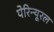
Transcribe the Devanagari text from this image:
पेरिन्यूरल